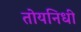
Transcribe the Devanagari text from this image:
तोयनिधी